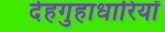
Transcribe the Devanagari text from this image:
देहगुहाधारियों